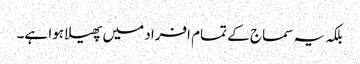
بلکہ یہ سماج کے تمام افراد میں پھیلا ہوا ہے۔